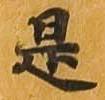
是